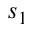
s _ { 1 }